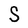
Character: S